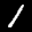
Label: 1